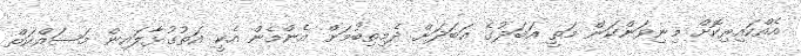
އެއްކައިރިކޮށް މިނިވަންކަން މަތީ އަބަދުގެ އަބަދަށް ދެމިތިބުމަށް އެންމެން އެކީ އަތުގުޅާލައިން މަސައްކަތް